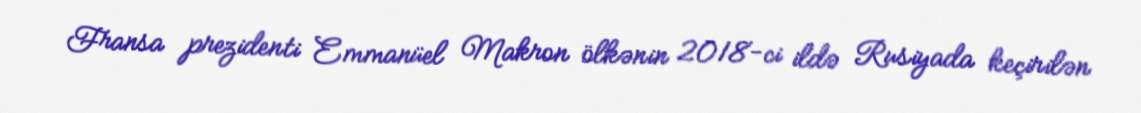
Fransa prezidenti Emmanüel Makron ölkənin 2018-ci ildə Rusiyada keçirilən